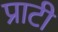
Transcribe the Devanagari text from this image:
प्राटी